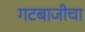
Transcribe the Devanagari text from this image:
गटबाजीचा